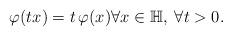
LaTeX: \begin{align*}\varphi(tx) = t \, \varphi(x) \forall x\in \mathbb{H}, \; \forall t>0.\end{align*}